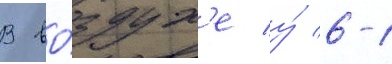
В во́здух'е у́ 6-1